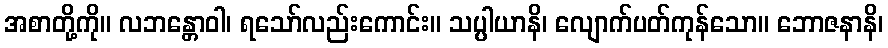
အစာတို့ကို။ လဘန္တောဝါ၊ ရသော်လည်းကောင်း။ သပ္ပါယာနိ၊ လျောက်ပတ်ကုန်သော။ ဘောဇနာနိ၊